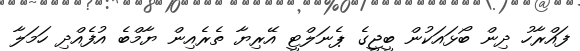
ފައްރާހު ދިން ބޯޅައަކުން ބީޖީގެ ޕެނަލްޓީ އޭރިޔާ ތެރެއިން ޔާމްބެ އުފެއްދި ހަމަލާ